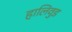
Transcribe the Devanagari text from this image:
हालिवुड